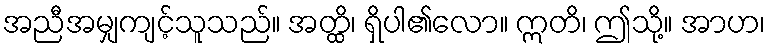
အညီအမျှကျင့်သူသည်။ အတ္ထိ၊ ရှိပါ၏လော။ ဣတိ၊ ဤသို့။ အာဟ၊